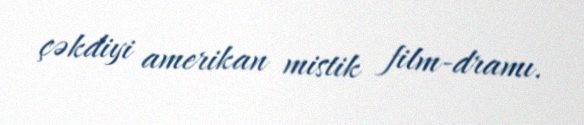
çəkdiyi amerikan mistik film-dramı.